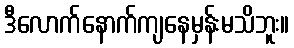
ဒီလောက်နောက်ကျနေမှန်းမသိဘူး။